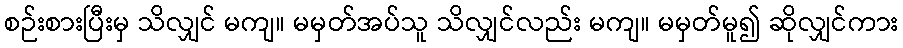
စဉ်းစားပြီးမှ သိလျှင် မကျ။ မမှတ်အပ်သူ သိလျှင်လည်း မကျ။ မမှတ်မူ၍ ဆိုလျှင်ကား